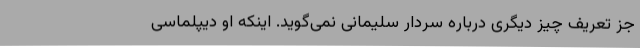
جز تعریف چیز دیگری درباره سردار سلیمانی نمی‌گوید. اینکه او دیپلماسی